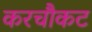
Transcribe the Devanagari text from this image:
करचौकट